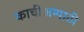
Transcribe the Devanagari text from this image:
काचीअम्पाठी